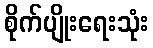
စိုက်ပျိုးရေးသုံး